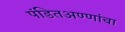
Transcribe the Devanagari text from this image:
पंडितअण्णांचा